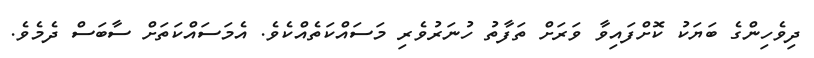
ދިވެހިންގެ ބަޔަކު ކޮށްފައިވާ ވަރަށް ތަފާތު ހުނަރުވެރި މަސައްކަތެއްކެވެ. އެމަސައްކަތަށް ސާބަސް ދެމެވެ.